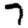
Digit: 7